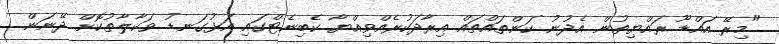
"މިރޭ އައްޑޫ ރައްޔިތުން އެދުނު ކަންތައްތައް އިރާދަކުރެއްވިއްޔާ ކެބިނެޓްގައި އަޅުގަނޑު ވަކާލާތުކޮށް ދޭނަން.